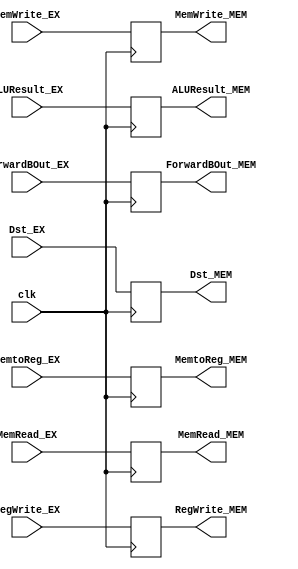
`timescale 1ns / 1ps


module EX_MEM(
    input               clk,
    input               MemRead_EX,
                        MemWrite_EX, //M
                        MemtoReg_EX, //WB
                        RegWrite_EX, //for use
    input       [31:0]  ALUResult_EX,
                        ForwardBOut_EX,
    input       [4:0]   Dst_EX,

    output  reg         MemRead_MEM,
                        MemWrite_MEM, //M
                        MemtoReg_MEM, //WB
                        RegWrite_MEM, //for use
    output  reg [31:0]  ALUResult_MEM,
                        ForwardBOut_MEM,
    output  reg [4:0]   Dst_MEM
);

    initial begin
        MemRead_MEM = 1'b0;
        MemWrite_MEM = 1'b0;
        MemtoReg_MEM = 1'b0;
        RegWrite_MEM = 1'b0;
        ALUResult_MEM = 32'b0;
        ForwardBOut_MEM = 32'b0;
        Dst_MEM = 5'b0;
    end

    always @(posedge clk) begin
            MemRead_MEM <= MemRead_EX;
            MemWrite_MEM <= MemWrite_EX;
            MemtoReg_MEM <= MemtoReg_EX;
            RegWrite_MEM <= RegWrite_EX;
            ALUResult_MEM <= ALUResult_EX;
            ForwardBOut_MEM <= ForwardBOut_EX;
            Dst_MEM <= Dst_EX;
    end

endmodule